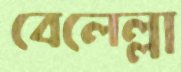
বেলেল্লা